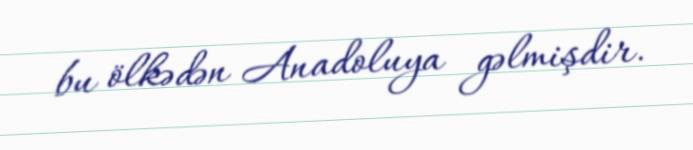
bu ölkədən Anadoluya gəlmişdir.